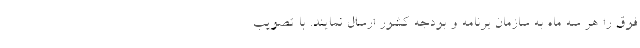
فوق را هر سه ماه به سازمان برنامه و بودجه کشور ارسال نمایند. با تصویب